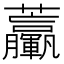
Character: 𧆃